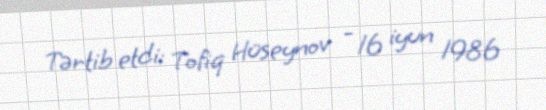
Tərtib etdi: Tofiq Hüseynov - 16 iyun 1986